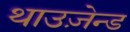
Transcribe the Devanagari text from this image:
थाउज़ेन्ड